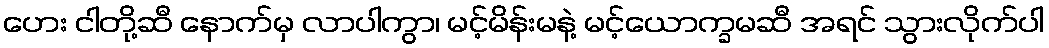
ဟေး ငါတို့ဆီ နောက်မှ လာပါကွာ၊ မင့်မိန်းမနဲ့ မင့်ယောက္ခမဆီ အရင် သွားလိုက်ပါ